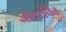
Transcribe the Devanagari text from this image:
जीवरचित